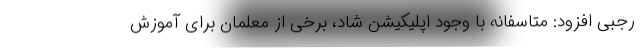
رجبی افزود: متاسفانه با وجود اپلیکیشن شاد، برخی از معلمان برای آموزش